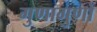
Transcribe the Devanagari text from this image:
गुणागुणों